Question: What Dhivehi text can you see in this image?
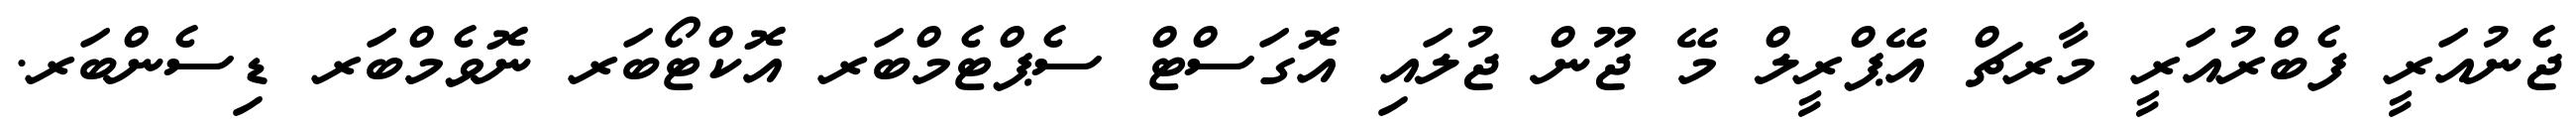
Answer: ޖެނުއަރީ ފެބްރުއަރީ މާރޗް އޭޕްރީލް މޭ ޖޫން ޖުލައި އޮގަސްޓް ސެޕްޓެމްބަރ އޮކްޓޯބަރ ނޮވެމްބަރ ޑިސެންބަރ.